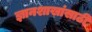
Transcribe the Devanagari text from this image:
ज्ञानशाखांसाठी